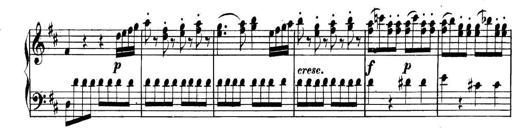
Title: Collected Piano Sonatas
Composer: Muzio Clementi